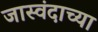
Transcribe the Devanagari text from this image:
जास्वंदाच्या